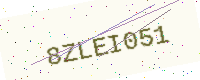
Text: 8ZLEI051